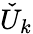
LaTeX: \check{U}_{k}